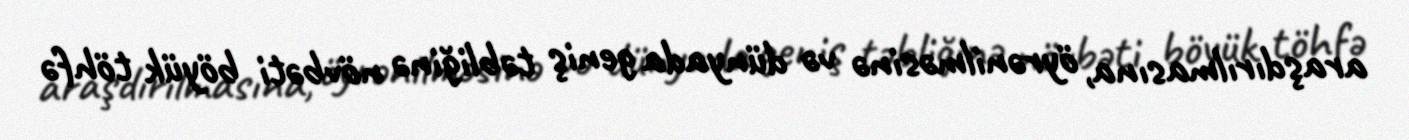
araşdırılmasına, öyrənilməsinə və dünyada geniş təbliğinə növbəti böyük töhfə